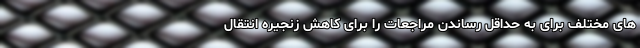
های مختلف برای به حداقل رساندن مراجعات را برای کاهش زنجیره انتقال